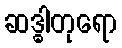
ဆဒ္ဓါတုရော